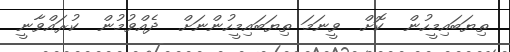
ތިޔަބައިމީހުން  ކޮށް  ވީނަމަ ތިޔަބައިމީހުންނަށް  ދެއްވުމުން  ކުރައްވާނީ